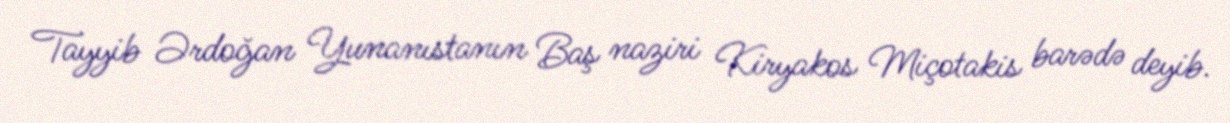
Tayyib Ərdoğan Yunanıstanın Baş naziri Kiryakos Miçotakis barədə deyib.